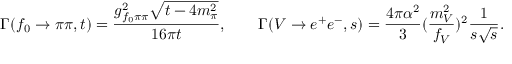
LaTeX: \Gamma ( f _ { 0 } \to \pi \pi , t ) = \frac { g _ { f _ { 0 } \pi \pi } ^ { 2 } \sqrt { t - 4 m _ { \pi } ^ { 2 } } } { 1 6 \pi t } , \qquad \Gamma ( V \to e ^ { + } e ^ { - } , s ) = \frac { 4 \pi \alpha ^ { 2 } } { 3 } ( \frac { m _ { V } ^ { 2 } } { f _ { V } } ) ^ { 2 } \frac { 1 } { s \sqrt { s } } .